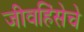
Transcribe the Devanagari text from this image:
जीवहिंसेचे